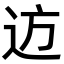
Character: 䢍